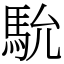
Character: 馻